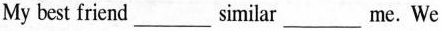
My best friend ___ similar ___ me. We